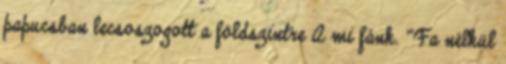
papucsban lecsoszogott a földszintre A mi fánk. "Fa nélkül